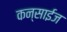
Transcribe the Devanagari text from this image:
कन्साईज